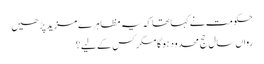
حکومت نے کہا تھا کہ یہ مظاہرے مزید پڑھیں
رواں سال حج محدود ہوگا مگر کس کے لیے؟